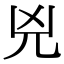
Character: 兇